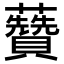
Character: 𧄽